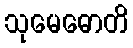
သုမေဓောတိ